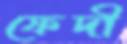
ফেদী